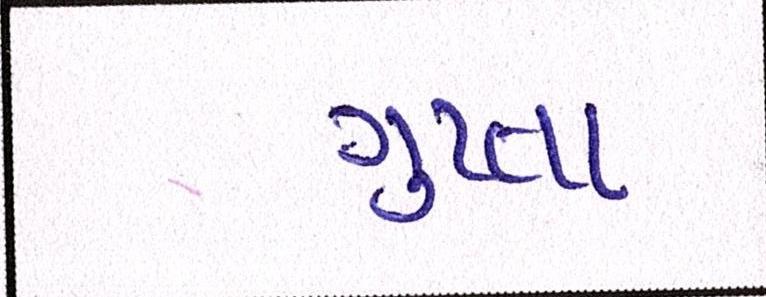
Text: ગુપ્તા